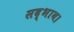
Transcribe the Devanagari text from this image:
सद्भाव।